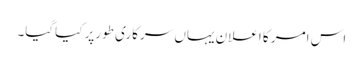
اس امر کا اعلان یہاں سرکاری طورپر کیاگیا۔